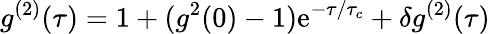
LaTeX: g^{(2)}(\tau)=1+(g^{2}(0)-1)\mathrm{e}^{-\tau/\tau_{c}}+\delta g^{(2)}(\tau)